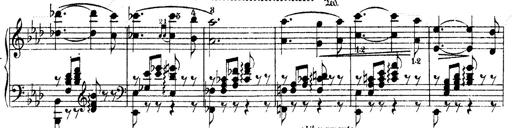
Title: O du mein holder Abendstern
Composer: Franz Liszt